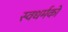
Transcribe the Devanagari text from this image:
स्‍वधर्मको